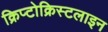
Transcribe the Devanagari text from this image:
क्रिप्टोक्रिस्टलाइन